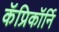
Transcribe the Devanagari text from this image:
कॅप्रिकॉर्नि